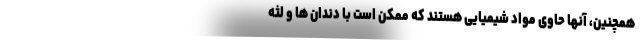
همچنین، آنها حاوی مواد شیمیایی هستند که ممکن است با دندان ها و لثه